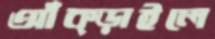
আঁক্‌ড়াইলে